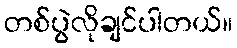
တစ်ပွဲလိုချင်ပါတယ်။